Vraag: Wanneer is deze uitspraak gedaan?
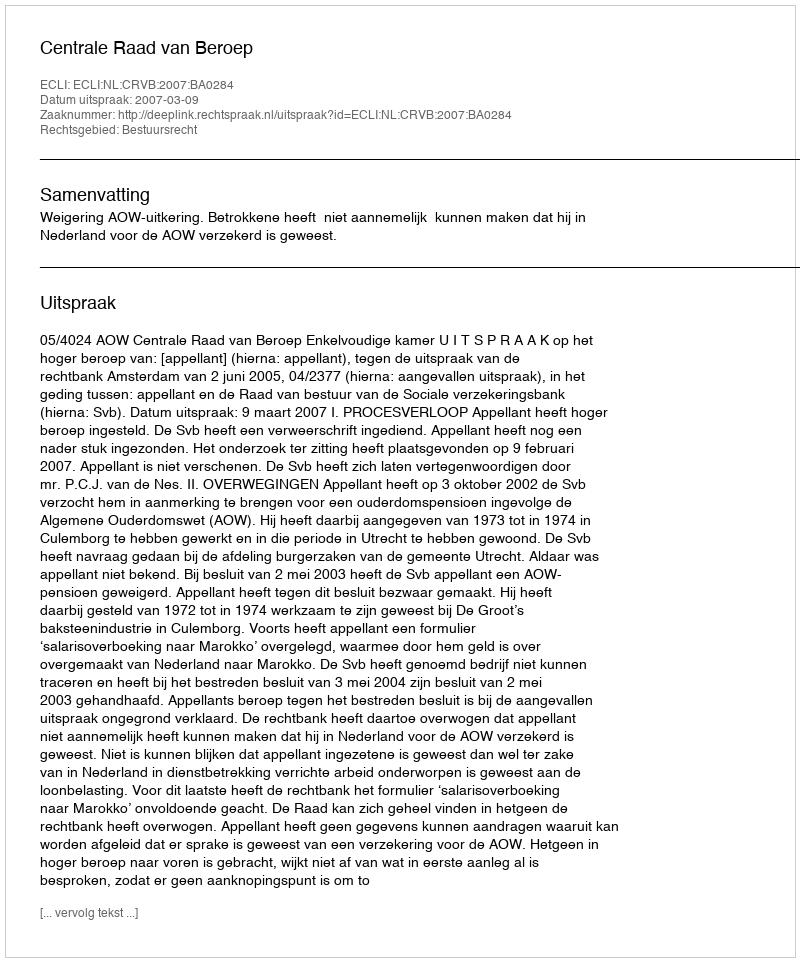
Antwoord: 2007-03-09